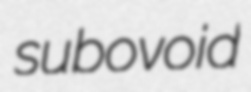
subovoid